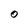
Character: O